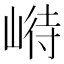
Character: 崻